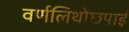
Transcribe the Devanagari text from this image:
वर्णलिथोछपाई